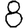
Digit: 8